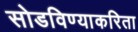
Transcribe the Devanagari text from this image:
सोडविण्याकरिता